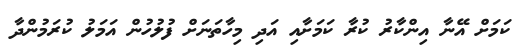
ކަމަށް އޭނާ އިންކާރު ކުރާ ކަމަށާއި އަދި މިހާތަނަށް ފުލުހުން އަމަލު ކުރަމުންދާ